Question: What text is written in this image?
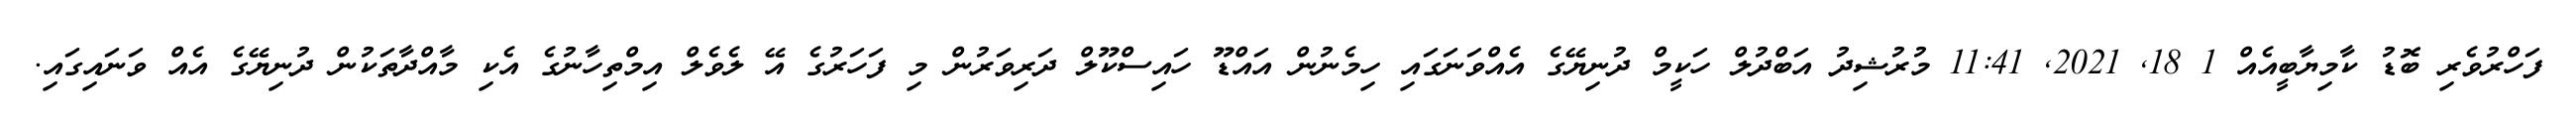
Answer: ފަހްރުވެރި ބޮޑު ކާމިޔާބީއެއް 1 18, 2021, 11:41 މުރުޝިދު އަބްދުލް ހަކީމް ދުނިޔޭގެ އެއްވަނަގައި ހިމެނުން އައްޑޫ ހައިސްކޫލް ދަރިވަރުން މި ފަހަރުގެ އޭ ލެވެލް އިމްތިހާނުގެ އެކި މާއްދާތަކުން ދުނިޔޭގެ އެއް ވަނައިގައި.